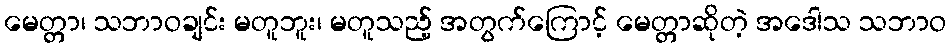
မေတ္တာ၊ သဘာဝချင်း မတူဘူး၊ မတူသည့် အတွက်ကြောင့် မေတ္တာဆိုတဲ့ အဒေါသ သဘာဝ